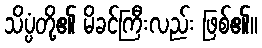
သိပ္ပံတို့၏ မိခင်ကြီးလည်း ဖြစ်၏။